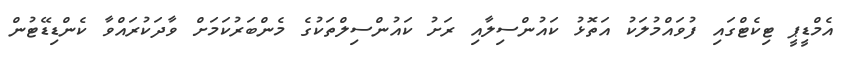
އެމްޑީޕީ ޓިކެޓްގައި ފުވައްމުލަކު އަތޮޅު ކައުންސިލާއި ރަށު ކައުންސިލްތަކުގެ މެންބަރުކަމަށް ވާދަކުރައްވާ ކެންޑިޑޭޓުން